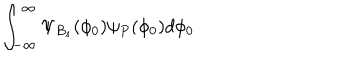
\int _ { - \infty } ^ { \infty } \Psi _ { B _ { s } } ( \phi _ { 0 } ) \psi _ { P } ( \phi _ { 0 } ) d \phi _ { 0 }